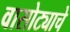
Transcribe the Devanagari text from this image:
वासोट्याचे